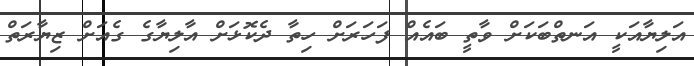
އަލިޔާއަކީ އަނތްބަކަށް ވާތީ ބައެއް ފަހަރަށް ހިތާ ދެކޮޅަށް އާލިޔާގެ ގެއަށް ޒިޔާރަތް